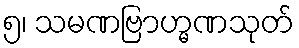
၅၊ သမဏဗြာဟ္မဏသုတ်